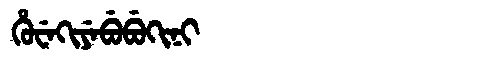
Manchu: ᡥᡠᠸᡝᡴᡳᠶᡝᠪᡠᠪᡠᡴᡳᠨᡳ
Romanization: HUWEKIYEBUBUKINI